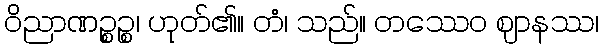
ဝိညာဏဉ္စဉ္စ၊ ဟုတ်၏။ တံ၊ သည်။ တဿေဝ ဈာနဿ၊